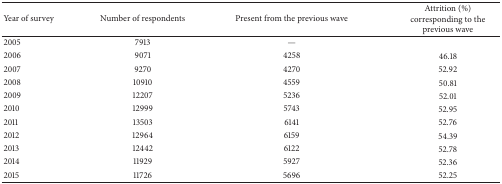
<table><thead><tr><td><b>Year of survey</b></td><td><b>Number of respondents</b></td><td><b>Present from the previous wave</b></td><td><b>Attrition (%) corresponding to the previous wave</b></td></tr></thead><tbody><tr><td>2005</td><td>7913</td><td>—</td><td> </td></tr><tr><td>2006</td><td>9071</td><td>4258</td><td>46.18</td></tr><tr><td>2007</td><td>9270</td><td>4270</td><td>52.92</td></tr><tr><td>2008</td><td>10910</td><td>4559</td><td>50.81</td></tr><tr><td>2009</td><td>12207</td><td>5236</td><td>52.01</td></tr><tr><td>2010</td><td>12999</td><td>5743</td><td>52.95</td></tr><tr><td>2011</td><td>13503</td><td>6141</td><td>52.76</td></tr><tr><td>2012</td><td>12964</td><td>6159</td><td>54.39</td></tr><tr><td>2013</td><td>12442</td><td>6122</td><td>52.78</td></tr><tr><td>2014</td><td>11929</td><td>5927</td><td>52.36</td></tr><tr><td>2015</td><td>11726</td><td>5696</td><td>52.25</td></tr></tbody></table>